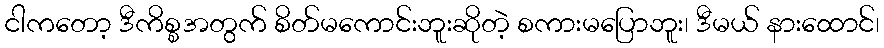
ငါကတော့ ဒီကိစ္စအတွက် စိတ်မကောင်းဘူးဆိုတဲ့ စကားမပြောဘူး၊ ဒီမယ် နားထောင်၊